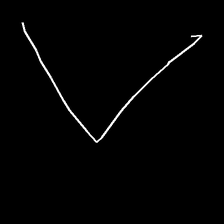
Glyph: region